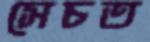
সেচত